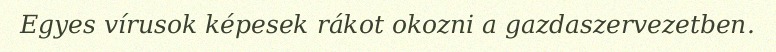
Egyes vírusok képesek rákot okozni a gazdaszervezetben.